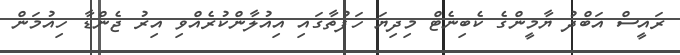
ރައީސް އަބްދު ޔާމީންގެ ކެބިނެޓް މިދިޔަ ހަފުތާގައި އިއުލާންކުރެއްވި އިރު ޖެންޑާ ހިއުމަން